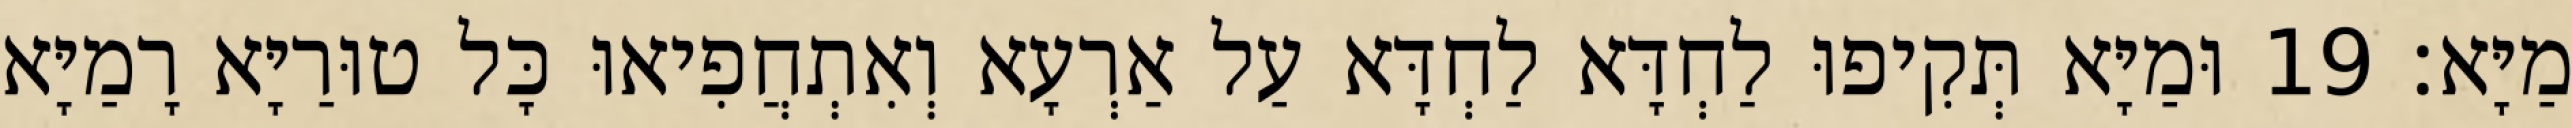
מַיָּא׃ 19 וּמַיָּא תְּקִיפוּ לַחְדָּא לַחְדָּא עַל אַרְעָא וְאִתְחֲפִיאוּ כָּל טוּרַיָּא רָמַיָּא